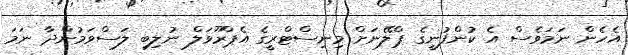
އެހެން ނަމަވެސް އެ ކުންފުނީގެ ޕްލޭނަށް މިނިސްޓްރީގެ އެޕްރޫވަލް ނުލިބި ލަސްވަމުންދާ ނަމަ